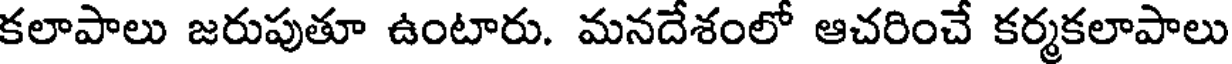
కలాపాలు జరుపుతూ ఉంటారు. మనదేశంలో ఆచరించే కర్మకలాపాలు